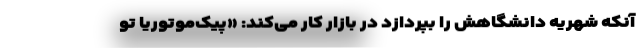
آنکه شهریه دانشگاهش را بپردازد در بازار کار می‌کند: «پیک‌موتوریا تو